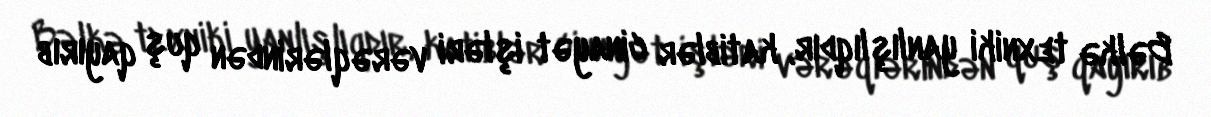
Bəlkə texniki yanlışlıqdır, katiblər cinayət işləri vərəqlərindən quş qayırıb